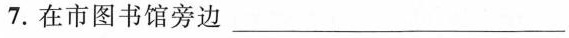
7.在市图书馆旁边 ___